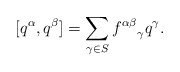
\begin{align*}[q^\alpha, q^\beta] = \sum_{\gamma \in S}{f^{\alpha\beta}}_\gamma q^\gamma.\end{align*}